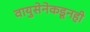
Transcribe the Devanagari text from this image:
वायुसेनेकडूनही